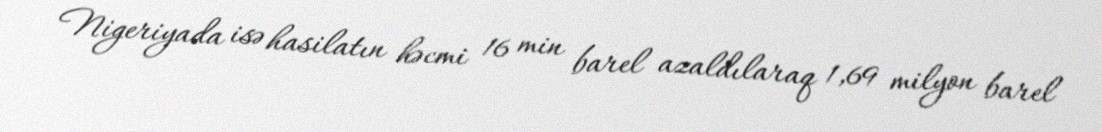
Nigeriyada isə hasilatın həcmi 16 min barel azaldılaraq 1,69 milyon barel